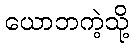
ယောဘကဲ့သို့